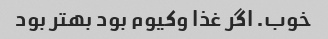
خوب. اگر غذا وکیوم بود بهتر بود